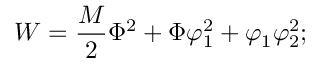
W = \frac { M } { 2 } \Phi ^ { 2 } + \Phi \varphi _ { 1 } ^ { 2 } + \varphi _ { 1 } \varphi _ { 2 } ^ { 2 } ;